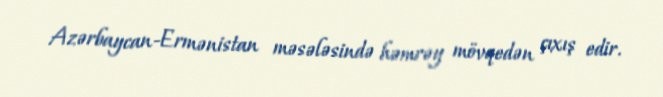
Azərbaycan-Ermənistan məsələsində həmrəy mövqedən çıxış edir.